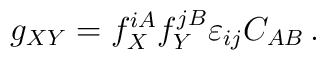
g_{XY}=f_{X}^{iA}f_Y^{jB}\varepsilon _{ij}C_{AB}\,.